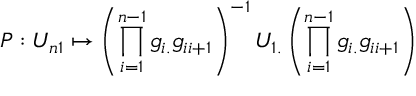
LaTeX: P : U _ { n 1 } \mapsto \left( \prod _ { i = 1 } ^ { n - 1 } g _ { i . } g _ { i i + 1 } \right) ^ { - 1 } U _ { 1 . } \left( \prod _ { i = 1 } ^ { n - 1 } g _ { i . } g _ { i i + 1 } \right)